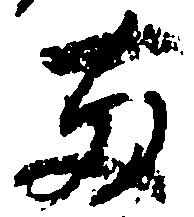
両